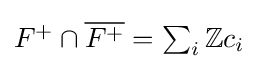
\textstyle F^{+}\cap {\overline {F^{+}}}=\sum _{i}\mathbb {Z} c_{i}